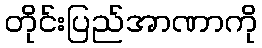
တိုင်းပြည်အာဏာကို